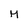
Character: M